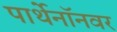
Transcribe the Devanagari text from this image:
पार्थेनॉनवर